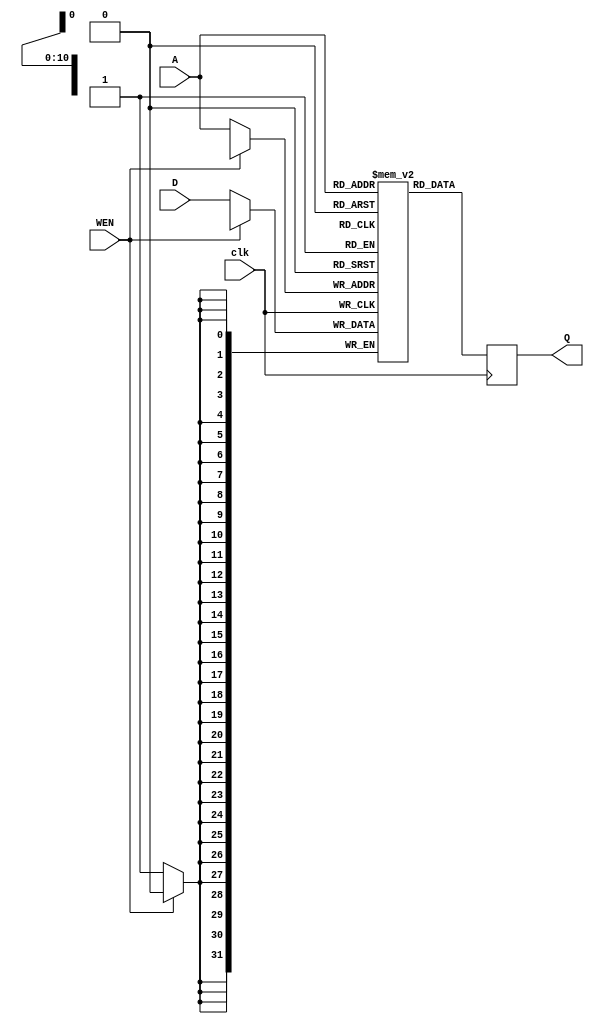
module datacache (A,D,Q,WEN,clk);
input [10:0] A;
input [31:0] D;
output reg [31:0] Q;
input clk;
input WEN;
reg [31:0] Mem [2047:0];

always @(posedge clk) Q <= Mem[A];
always @(posedge clk) if (WEN ==0) Mem[A] <= D;

endmodule